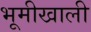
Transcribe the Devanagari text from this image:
भूमीखाली